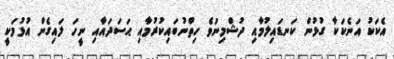
އެކަކު އަނެކަކާ ގުޅުން ކަނޑައިލުމާއި ދުޝްމިނުވެ ހިތްނުބައިކުރުމާއި ޙަސަދައާއި ނީހަ ލައިގެން އުޅުމަކީ